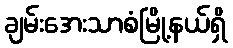
ချမ်းအေးသာစံမြို့နယ်ရှိ